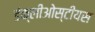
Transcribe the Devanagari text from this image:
डंक्लीओस्टीयस